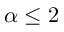
\alpha \leq 2